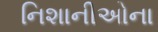
નિશાનીઓના